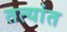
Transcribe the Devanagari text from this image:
तत्यांत